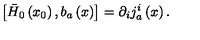
\left[ \bar { H } _ { 0 } \left( x _ { 0 } \right) , b _ { a } \left( x \right) \right] = \partial _ { i } j _ { a } ^ { i } \left( x \right) .